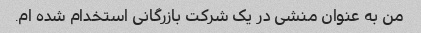
من به عنوان منشی در یک شرکت بازرگانی استخدام شده ام.